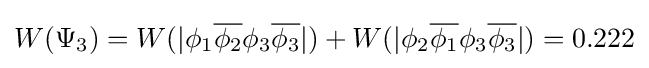
W(\Psi _{3})=W(|\phi _{1}{\overline {\phi _{2}}}\phi _{3}{\overline {\phi _{3}}}|)+W(|\phi _{2}{\overline {\phi _{1}}}\phi _{3}{\overline {\phi _{3}}}|)=0.222